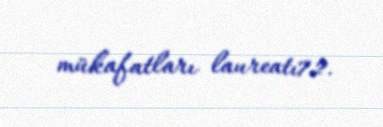
mükafatları laureatı72.